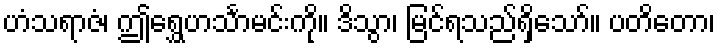
ဟံသရာဇံ၊ ဤရွှေဟင်္သာမင်းကို။ ဒိသွာ၊ မြင်ရသည်ရှိသော်။ ပတိတော၊